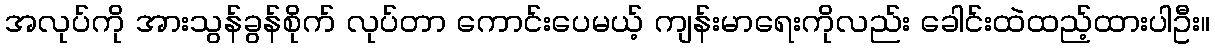
အလုပ်ကို အားသွန်ခွန်စိုက် လုပ်တာ ကောင်းပေမယ့် ကျန်းမာရေးကိုလည်း ခေါင်းထဲထည့်ထားပါဦး။